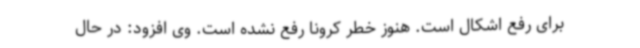
برای رفع اشکال است. هنوز خطر کرونا رفع نشده است. وی افزود: در حال